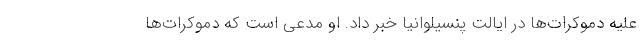
علیه دموکرات‌ها در ایالت پنسیلوانیا خبر داد. او مدعی است که دموکرات‌ها